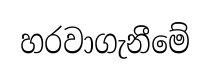
හරවාගැනීමේ